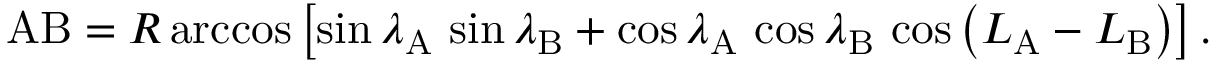
\mathrm { A B } = R \operatorname { a r c c o s } \left[ \sin \lambda _ { \mathrm { A } } \, \sin \lambda _ { \mathrm { B } } + \cos \lambda _ { \mathrm { A } } \, \cos \lambda _ { \mathrm { B } } \, \cos \left( L _ { \mathrm { A } } - L _ { \mathrm { B } } \right) \right] .